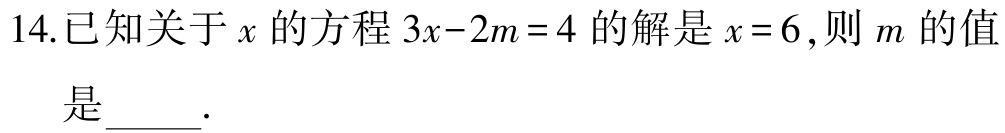
14.已知关于\(x\)的方程\(3x - 2m = 4\)的解是\(x = 6\),则\(m\)的值是____.